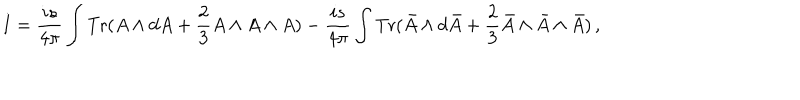
I = \frac { i s } { 4 \pi } \int { \mathrm { T r } } ( A \wedge d A + \frac 2 3 A \wedge A \wedge A ) - \frac { i s } { 4 \pi } \int { \mathrm { T r } } ( \bar { A } \wedge d \bar { A } + \frac 2 3 \bar { A } \wedge \bar { A } \wedge \bar { A } ) \, ,